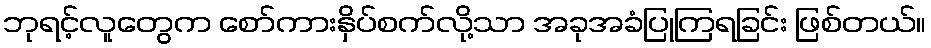
ဘုရင့်လူတွေက စော်ကားနှိပ်စက်လို့သာ အခုအခံပြုကြရခြင်း ဖြစ်တယ်။